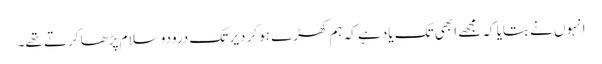
انہوں نے بتایا کہ مجھے ابھی تک یاد ہے کہ ہم کھڑے ہو کر دیر تک درودو سلام پڑھا کرتے تھے۔